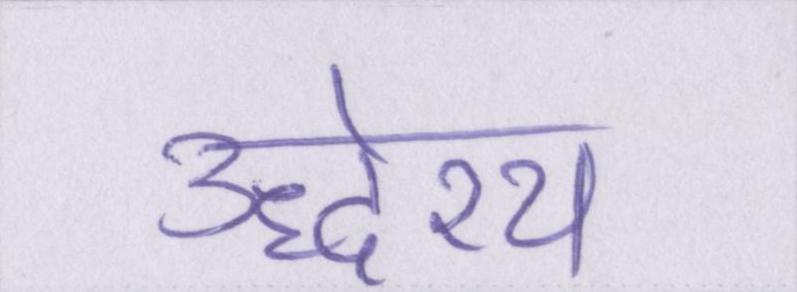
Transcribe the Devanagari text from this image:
उद्धेश्य